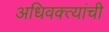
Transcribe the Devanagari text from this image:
अधिवक्त्यांची